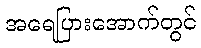
အရေပြားအောက်တွင်